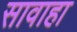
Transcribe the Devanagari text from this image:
सावाहा